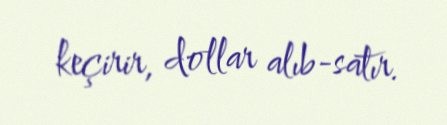
keçirir, dollar alıb-satır.